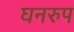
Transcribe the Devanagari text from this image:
घनरुप